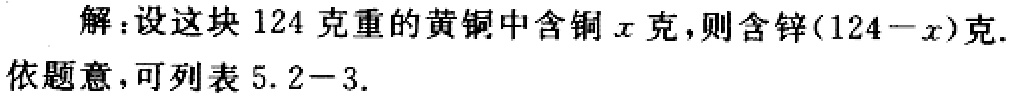
解：设这块 \(124\) 克重的黄铜中含铜 \(x\) 克，则含锌\((124 - x)\)克.
依题意，可列表 \(5.2 - 3\).